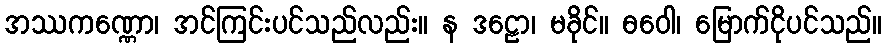
အဿကဏ္ဏော၊ အင်ကြင်းပင်သည်လည်း။ န ဒဠော၊ မခိုင်။ ဓဝေါ၊ မြောက်ငိုပင်သည်။